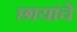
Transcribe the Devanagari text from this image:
छायांचे